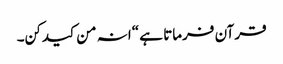
قرآن فرماتا ہے “انہ من کیدکن۔